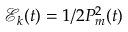
\mathcal { E } _ { k } ( t ) = 1 / 2 P _ { m } ^ { 2 } ( t )